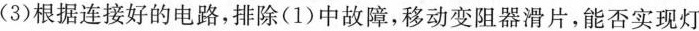
_(3)根据连接好的电路，排除(1)中故障，移动变阻器滑片，能否实现灯